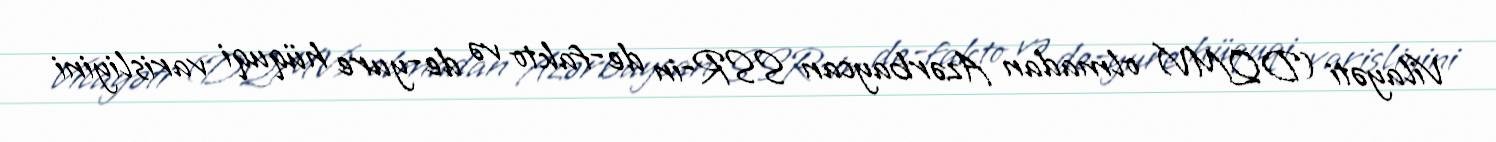
Vilayəti (DQMV) olmadan Azərbaycan SSR-in de-fakto və de-yure hüquqi varisliyini